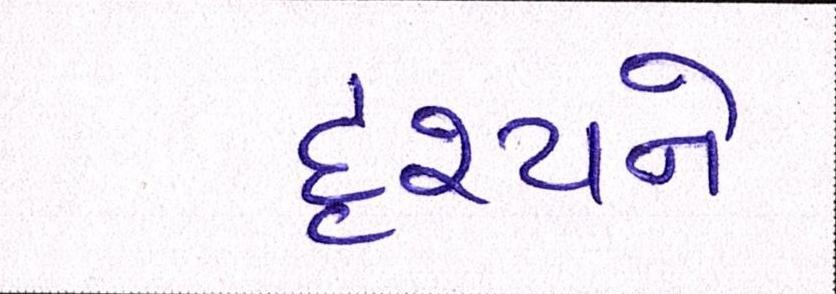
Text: દૃશ્યને